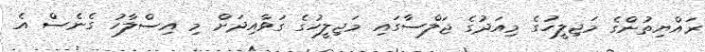
ރައްޔިތުންގެ މަޖިލީހުގެ މިއަދުގެ ޖަލްސާގައި މަޖިލީހުގެ ގަވާއިދަށް މި އިސްލާހު ގެނެސް އެ